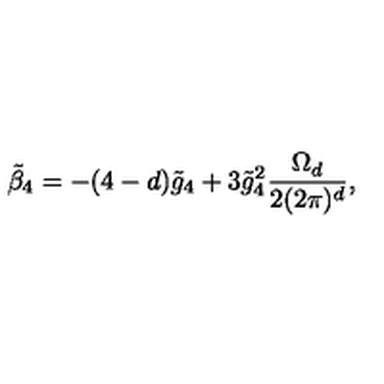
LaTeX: \tilde { \beta } _ { 4 } = - ( 4 - d ) \tilde { g } _ { 4 } + 3 \tilde { g } _ { 4 } ^ { 2 } \frac { \Omega _ { d } } { 2 ( 2 \pi ) ^ { d } } ,